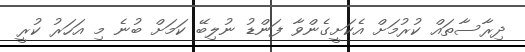
ދިރާސާތައް ކުރުމަށް އެކަށީގެންވާ ފަންޑު ނުލިބޭ ކަމަށް ބުނެ މި އަހަރު ކުރީ